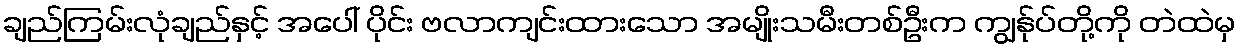
ချည်ကြမ်းလုံချည်နှင့် အပေါ် ပိုင်း ဗလာကျင်းထားသော အမျိုးသမီးတစ်ဦးက ကျွန်ုပ်တို့ကို တဲထဲမှ